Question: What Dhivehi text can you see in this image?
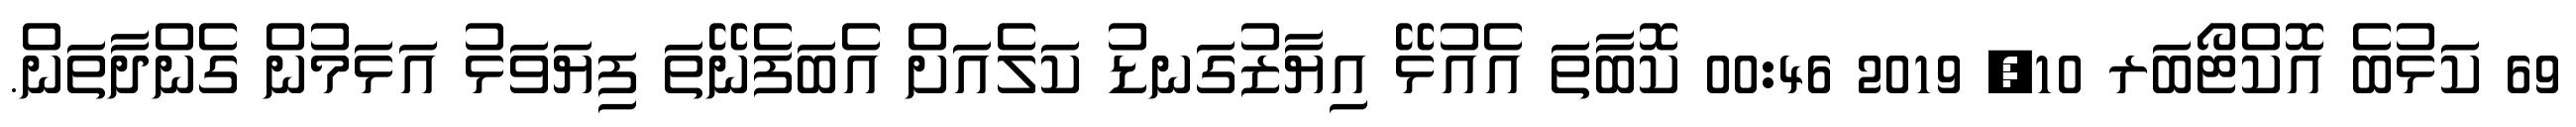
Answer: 69 ކަޅުބެ އޮކްޓޯބަރ 10, 2019 00:46 ކޮބާތަ އެއުޅޭ އިޔާޒުގަނޑު ކަލެއަށް އެބަފެނޭތަ ފިޔަވަޅު އަޅަމުން ގެންދާތަން.